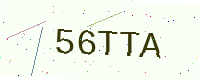
Text: 56TTA